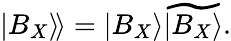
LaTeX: \left.\left|B_{X}\right\rangle\! \right\rangle=\left|B_{X}\right\rangle\widetilde{\left|B_{X}\right\rangle}.